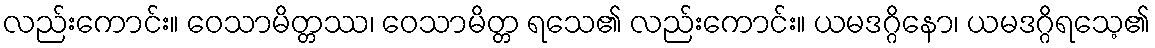
လည်းကောင်း။ ဝေသာမိတ္တဿ၊ ဝေသာမိတ္တ ရသေ၏ လည်းကောင်း။ ယမဒဂ္ဂိနော၊ ယမဒဂ္ဂိရသေ့၏